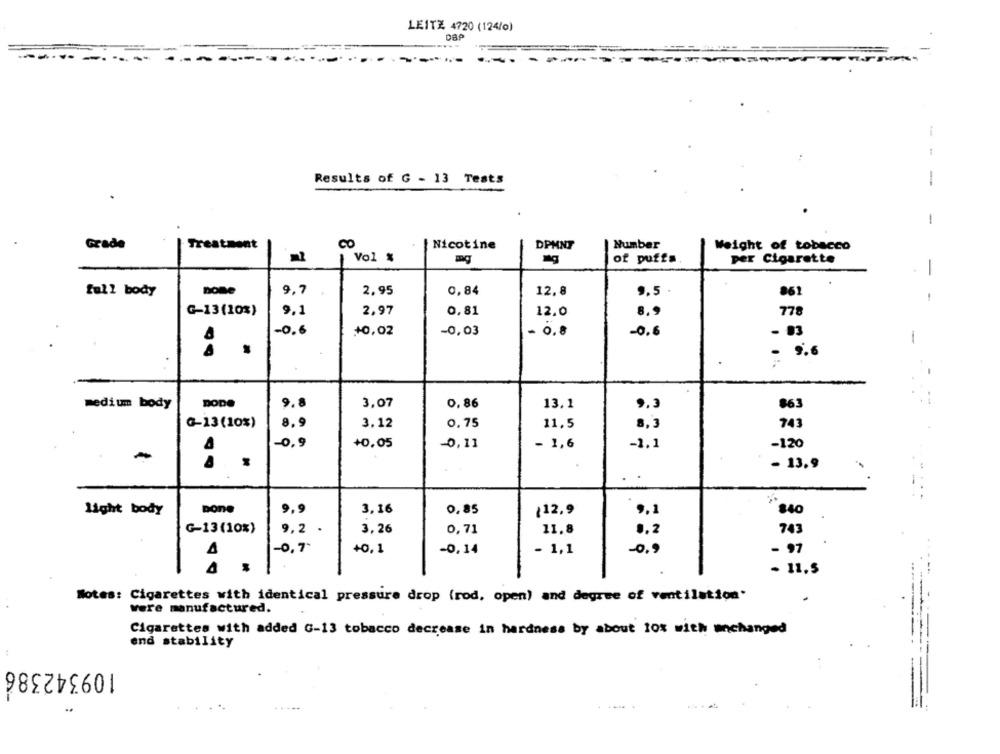
LEITZ 4720 (124/0)
DAP
Results of G - 13 Tests
-
1
Grade
Treatment
CO
Nicotine
DPMNT
Number
Weight of tobacco
Vol %
of puffs
per Cigarette
-
full body
none
9,7
2,95
0,84
12,8
9.5
861
G-13(10%)
9.1
2,97
0,81
12.0
8.9
778
-0.6
+0,02
-0,03
= 0.8
-0.6
- 03
.
- 9.6
medium body
DODO
9.8
3,07
0,86
13.1
863
8.9
G-13(10%)
3,12
0. 75
11,5
8,3
743
-0.9
+0.05
-0,11
- 1,6
-1.1
-120
- 13,9
light body
Done
9.9
3,16
0,85
12.9
9.1
840
G-13(10%)
9,2
3,26
0,71
11.8
0,2
743
-0.7+
+0,1
-0,14
- 1,1
-0.5
- 97
4
- 11.5
Notes: Cigarettes with identical pressure drop (rod, open) and degree of ventilation'
were manufactured.
Cigarettes with added G-13 tobacco decrease in hardness by about 10% with unchanged
end stability
109342386
.....